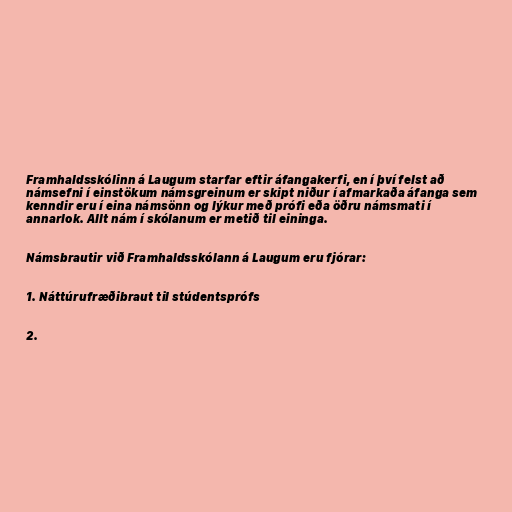
Framhaldsskólinn á Laugum starfar eftir áfangakerfi, en í því felst að
námsefni í einstökum námsgreinum er skipt niður í afmarkaða áfanga sem
kenndir eru í eina námsönn og lýkur með prófi eða öðru námsmati í
annarlok. Allt nám í skólanum er metið til eininga.

Námsbrautir við Framhaldsskólann á Laugum eru fjórar:

1. Náttúrufræðibraut til stúdentsprófs

2.